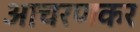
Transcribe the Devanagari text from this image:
आचरणकर